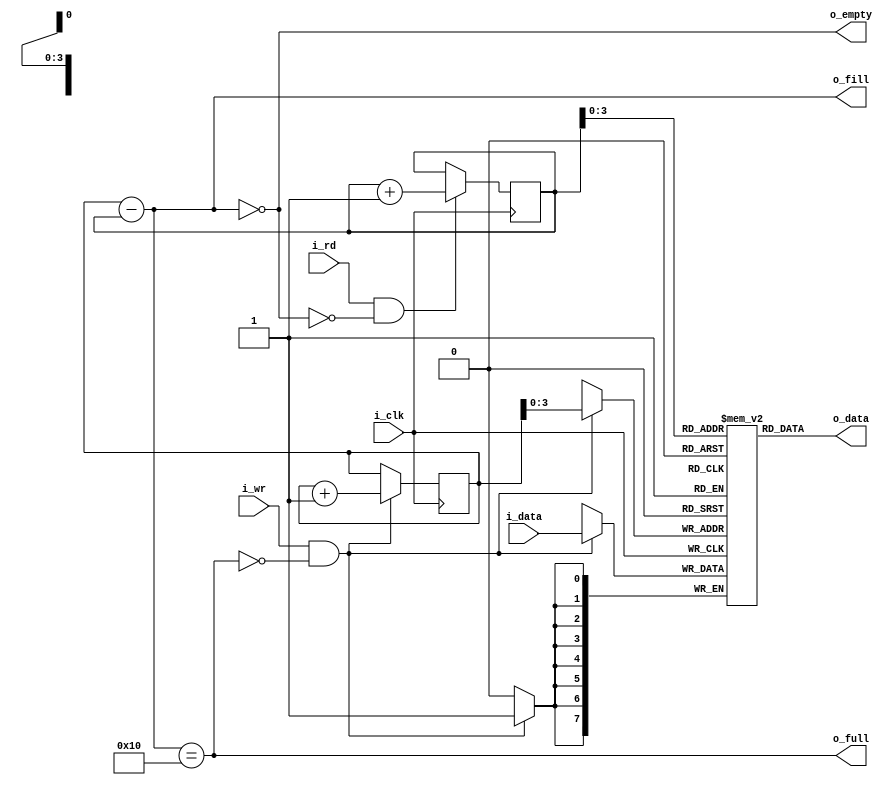
////////////////////////////////////////////////////////////////////////////////
//
//
// Project:	Verilog Tutorial Example file
//
// Purpose:	A synchronous data FIFO.
//
// Creator:	Dan Gisselquist, Ph.D.
//		Gisselquist Technology, LLC
//
////////////////////////////////////////////////////////////////////////////////
//
// Written and distributed by Gisselquist Technology, LLC
//
// This program is hereby granted to the public domain.
//
// This program is distributed in the hope that it will be useful, but WITHOUT
// ANY WARRANTY; without even the implied warranty of MERCHANTIBILITY or
// FITNESS FOR A PARTICULAR PURPOSE.
//
////////////////////////////////////////////////////////////////////////////////
//
//
`default_nettype	none
//
module sfifo(i_clk, i_wr, i_data, o_full, o_fill, i_rd, o_data, o_empty);
	parameter	BW=8;	// Byte/data width
	parameter 	LGFLEN=4;
	//
	//
	input	wire		i_clk;
	//
	// Write interface
	input	wire		i_wr;
	input	wire [(BW-1):0]	i_data;
	output	reg 		o_full;
	output	reg [LGFLEN:0]	o_fill;
	//
	// Read interface
	input	wire		i_rd;
	output	reg [(BW-1):0]	o_data;
	output	reg		o_empty;	// True if FIFO is empty
	// 

	reg	[(BW-1):0]	fifo_mem[0:(1<<LGFLEN)-1];
	reg	[LGFLEN:0]	wr_addr, rd_addr;
	reg	[LGFLEN-1:0]	rd_next;


	wire	w_wr = (i_wr && !o_full);
	wire	w_rd = (i_rd && !o_empty);

	//
	// Write a new value into our FIFO
	//
	initial	wr_addr = 0;
	always @(posedge i_clk)
	if (w_wr)
		wr_addr <= wr_addr + 1'b1;

	always @(posedge i_clk)
	if (w_wr)
		fifo_mem[wr_addr[(LGFLEN-1):0]] <= i_data;

	//
	// Read a value back out of it
	//
	initial	rd_addr = 0;
	always @(posedge i_clk)
	if (w_rd)
		rd_addr <= rd_addr + 1;

	always @(*)
		o_data = fifo_mem[rd_addr[LGFLEN-1:0]];

	//
	// Return some metrics of the FIFO, it's current fill level,
	// whether or not it is full, and likewise whether or not it is
	// empty
	//
	always @(*)
		o_fill = wr_addr - rd_addr;
	always @(*)
		o_full = o_fill == { 1'b1, {(LGFLEN){1'b0}} };
	always @(*)
		o_empty = (o_fill  == 0);


	always @(*)
		rd_next = rd_addr[LGFLEN-1:0] + 1;


	// Make Verilator happy
	// verilator lint_off UNUSED
	wire	[LGFLEN-1:0]	unused;
	assign	unused = rd_next;
	// verilator lint_on  UNUSED

////////////////////////////////////////////////////////////////////////////////
////////////////////////////////////////////////////////////////////////////////
//
//
//
// FORMAL METHODS
//
//
////////////////////////////////////////////////////////////////////////////////
////////////////////////////////////////////////////////////////////////////////
//
`ifdef	FORMAL

//
// Assumptions about our input(s)
//
//
`ifdef	SFIFO
`define	ASSUME	assume
`else
`define	ASSUME	assert
`endif

	reg	f_past_valid;

	//
	// Assertions about our outputs
	//
	//

	initial	f_past_valid = 1'b0;
	always @(posedge i_clk)
		f_past_valid <= 1'b1;

	wire	[LGFLEN:0]	f_fill, f_next, f_empty;
	assign	f_fill = wr_addr - rd_addr;
	assign	f_empty = (wr_addr == rd_addr);
	assign	f_next = rd_addr + 1'b1;

	always @(*)
	begin
		assert(f_fill <= { 1'b1, {(LGFLEN){1'b0}}});
		assert(o_fill == f_fill);

		assert(o_full  == (f_fill == {1'b1, {(LGFLEN){1'b0}}}));
		assert(o_empty == (f_fill == 0));
		assert(rd_next == f_next[LGFLEN-1:0]);
	end

	always @(*)
		assert(fifo_mem[rd_addr] == o_data);


	////////////////////////////////////////////////////////////////////////
	//
	// Formal contract:
	//
	// If you write two values in succession, you should be able to read
	// those same two values in succession some time later.
	//
	////////////////////////////////////////////////////////////////////////
	//
	//
	(* anyconst *)	reg	[LGFLEN:0]	f_first_addr;
			reg	[LGFLEN:0]	f_second_addr;
	(* anyconst *)	reg	[BW-1:0]	f_first_data, f_second_data;

	always @(*)
		f_second_addr = f_first_addr + 1;

	reg	f_first_addr_in_fifo,  f_first_in_fifo;
	reg	f_second_addr_in_fifo, f_second_in_fifo;
	reg	[LGFLEN:0]	f_distance_to_first, f_distance_to_second;

	always @(*)
	begin
		f_distance_to_first = (f_first_addr - rd_addr);
		f_first_addr_in_fifo = 0;
		if ((f_fill != 0) && (f_distance_to_first < f_fill))
			f_first_addr_in_fifo = 1;
		else
			f_first_addr_in_fifo = 0;
	end

	always @(*)
	begin
		f_distance_to_second = (f_second_addr - rd_addr);
		if ((f_fill != 0) && (f_distance_to_second < f_fill))
			f_second_addr_in_fifo = 1;
		else
			f_second_addr_in_fifo = 0;
	end

	reg	[1:0]	f_state;
	initial	f_state = 2'b0;
	always @(posedge i_clk)
	case(f_state)
	2'h0: if (w_wr && (wr_addr == f_first_addr)
			&& (i_data == f_first_data))
		// Wrote first value
		f_state <= 2'h1;
	2'h1: if (w_rd && rd_addr == f_first_addr)
			// Test sprung early
			f_state <= 2'h0;
		else if (w_wr)
		f_state <= (i_data == f_second_data)
			? 3'h2 : 2'h0;
	2'h2: if (i_rd && rd_addr == f_first_addr)
			f_state <= 2'h3;
	2'h3: if (i_rd)
			f_state <= 2'h0;
	endcase

	always @(*)
	if (f_state == 2'b01)
	begin
		assert(f_first_addr_in_fifo);
		assert(fifo_mem[f_first_addr]
			== f_first_data);
		assert(wr_addr == f_second_addr);
	end

	always @(*)
	if (f_state == 2'b10)
	begin
		assert(f_first_addr_in_fifo);
		assert(fifo_mem[f_first_addr]
			== f_first_data);
		//
		assert(f_second_addr_in_fifo);
		assert(fifo_mem[f_second_addr]
			== f_second_data);

		if (i_rd && rd_addr == f_first_addr)
			assert(o_data == f_first_data);
	end


	always @(*)
	if (f_state == 2'b11)
	begin
		assert(f_second_addr_in_fifo);
		assert(fifo_mem[f_second_addr]
			== f_second_data);

		assert(o_data == f_second_data);
	end


	////////////////////////////////////////////////////////////////////////
	//
	//	Cover properties
	//
	////////////////////////////////////////////////////////////////////////
	//
	//
	reg	f_was_full;
	initial	f_was_full = 0;
	always @(posedge i_clk)
	if (o_full)
		f_was_full <= 1;

	always @(posedge i_clk)
		cover($fell(f_empty));

	always @(posedge i_clk)
		cover($fell(o_empty));

	always @(posedge i_clk)
		cover(f_was_full && f_empty);

	always @(posedge i_clk)
		cover($past(o_full,2)&&(!$past(o_full))&&(o_full));

	always @(posedge i_clk)
	if (f_past_valid)
		cover($past(o_empty,2)&&(!$past(o_empty))&& o_empty);

`endif // FORMAL
endmodule